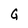
Character: G